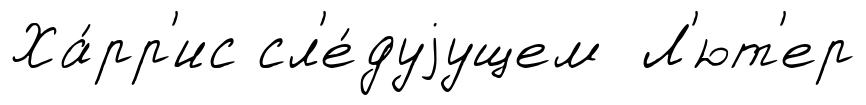
Ха́рр'ис сл'е́дуjущем Л'ют'ер